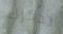
تذكرك